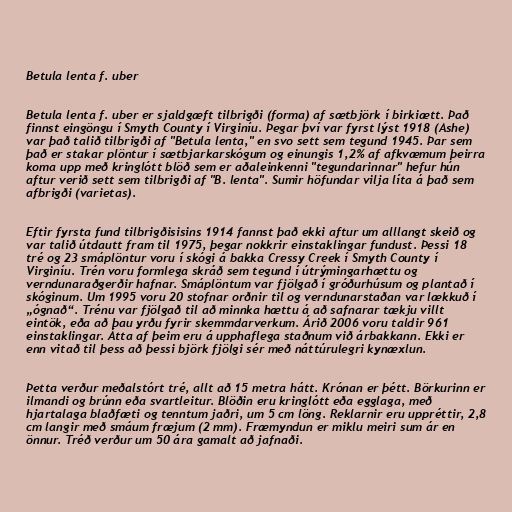
Betula lenta f. uber

Betula lenta f. uber er sjaldgæft tilbrigði (forma) af sætbjörk í birkiætt. Það
finnst eingöngu í Smyth County í Virginíu. Þegar því var fyrst lýst 1918 (Ashe)
var það talið tilbrigði af "Betula lenta," en svo sett sem tegund 1945. Þar sem
það er stakar plöntur í sætbjarkarskógum og einungis 1,2% af afkvæmum þeirra
koma upp með kringlótt blöð sem er aðaleinkenni "tegundarinnar" hefur hún
aftur verið sett sem tilbrigði af "B. lenta". Sumir höfundar vilja líta á það sem
afbrigði (varietas).

Eftir fyrsta fund tilbrigðisisins 1914 fannst það ekki aftur um alllangt skeið og
var talið útdautt fram til 1975, þegar nokkrir einstaklingar fundust. Þessi 18
tré og 23 smáplöntur voru í skógi á bakka Cressy Creek í Smyth County í
Virginíu. Trén voru formlega skráð sem tegund í útrýmingarhættu og
verndunaraðgerðir hafnar. Smáplöntum var fjölgað í gróðurhúsum og plantað í
skóginum. Um 1995 voru 20 stofnar orðnir til og verndunarstaðan var lækkuð í
„ógnað“. Trénu var fjölgað til að minnka hættu á að safnarar tækju villt
eintök, eða að þau yrðu fyrir skemmdarverkum. Árið 2006 voru taldir 961
einstaklingar. Átta af þeim eru á upphaflega staðnum við árbakkann. Ekki er
enn vitað til þess að þessi björk fjölgi sér með náttúrulegri kynæxlun.

Þetta verður meðalstórt tré, allt að 15 metra hátt. Krónan er þétt. Börkurinn er
ilmandi og brúnn eða svartleitur. Blöðin eru kringlótt eða egglaga, með
hjartalaga blaðfæti og tenntum jaðri, um 5 cm löng. Reklarnir eru uppréttir, 2,8
cm langir með smáum fræjum (2 mm). Fræmyndun er miklu meiri sum ár en
önnur. Tréð verður um 50 ára gamalt að jafnaði.